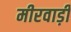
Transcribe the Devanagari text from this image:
मीरवाड़ी